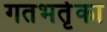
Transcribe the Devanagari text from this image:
गतभर्तृका